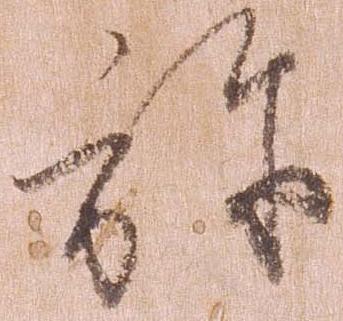
弥